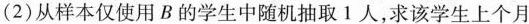
(2)从样本仅使用B的学生中随机抽取1人，求该学生上个月